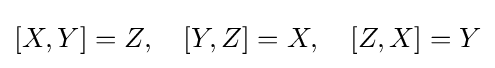
[X,Y]=Z,\quad [Y,Z]=X,\quad [Z,X]=Y